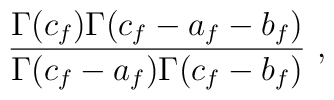
{\Gamma (c_f)\Gamma (c_f-a_f-b_f)\over \Gamma(c_f-a_f)\Gamma (c_f-b_f)}\ ,